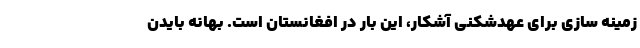
زمینه سازی برای عهدشکنی آشکار، این بار در افغانستان است. بهانه بایدن